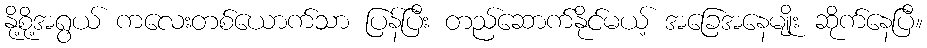
နို့စို့အရွယ် ကလေးတစ်ယောက်သာ ပြန်ပြီး တည်ဆောက်နိုင်မယ့် အခြေအနေမျိုး ဆိုက်နေပြီ။